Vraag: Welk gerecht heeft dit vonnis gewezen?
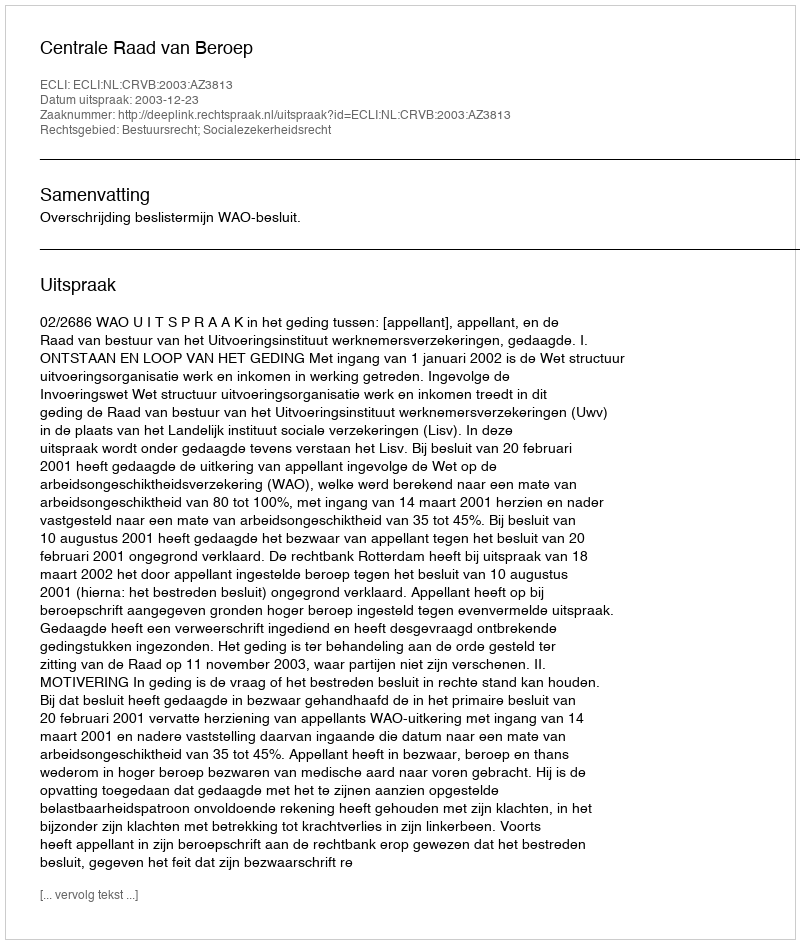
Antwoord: Centrale Raad van Beroep